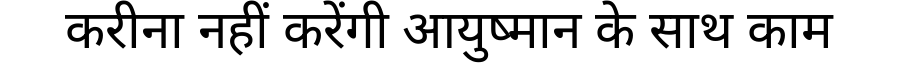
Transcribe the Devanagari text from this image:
करीना नहीं करेंगी आयुष्मान के साथ काम